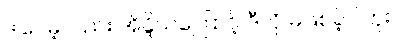
ဒါပေမဲ့လည်း အိန္ဒိယကြောင့် ဒီလို မဖြစ်ခဲ့ပါဘူး။